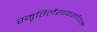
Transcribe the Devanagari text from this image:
स्मृतिर्लेखकरूपिणम